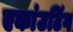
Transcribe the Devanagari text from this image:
एकांउटिंग